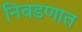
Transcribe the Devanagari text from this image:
निवडणात